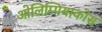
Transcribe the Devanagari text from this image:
ओलिम्पियाकोस